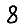
Digit: 8